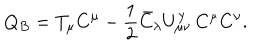
Q _ { B } = T _ { \mu } C ^ { \mu } - \frac { 1 } { 2 } \bar { C } _ { \lambda } U _ { \mu \nu } ^ { \lambda } \, C ^ { \mu } C ^ { \nu } .